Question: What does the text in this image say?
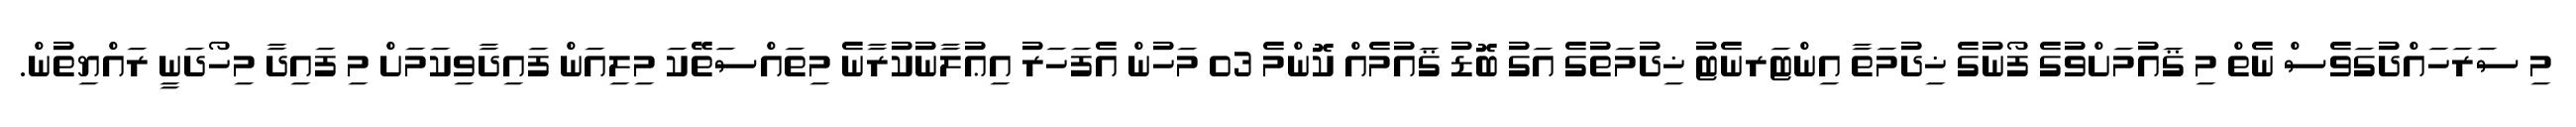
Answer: މި ސަރަހައްދުގަވެސް ނެތް މި ޤައުމަށްވުގެ ފޯނުގެ ޚިދުމަތާ އިންޓަރނެޓު ޚިދުމަތުގެ އަގު ބޮޑު ޤައުމެއް ކޮންމެ 03 މަހުން އެފަހަރު އިޢުލާނުކުރާނެ މިތައްސަތޭކަ މިލިއަން ފައިދާވިކަމަށް މި ފައިދާ މިހޯދަނީ ރައްޔިތުން.